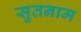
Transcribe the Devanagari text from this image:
सुतनाम